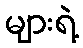
များရဲ့